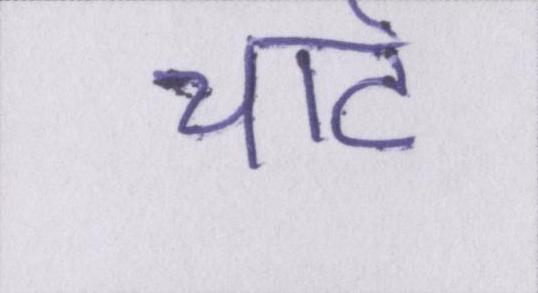
चार्ट